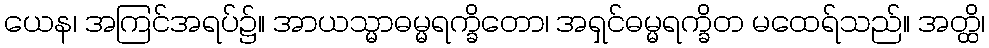
ယေန၊ အကြင်အရပ်၌။ အာယသ္မာဓမ္မရက္ခိတော၊ အရှင်ဓမ္မရက္ခိတ မထေရ်သည်။ အတ္ထိ၊